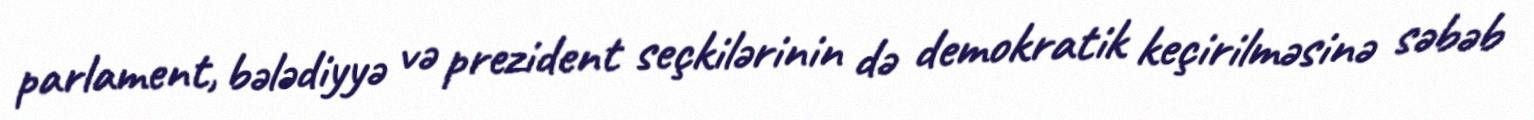
parlament, bələdiyyə və prezident seçkilərinin də demokratik keçirilməsinə səbəb